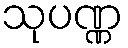
သုပဏ္ဏ